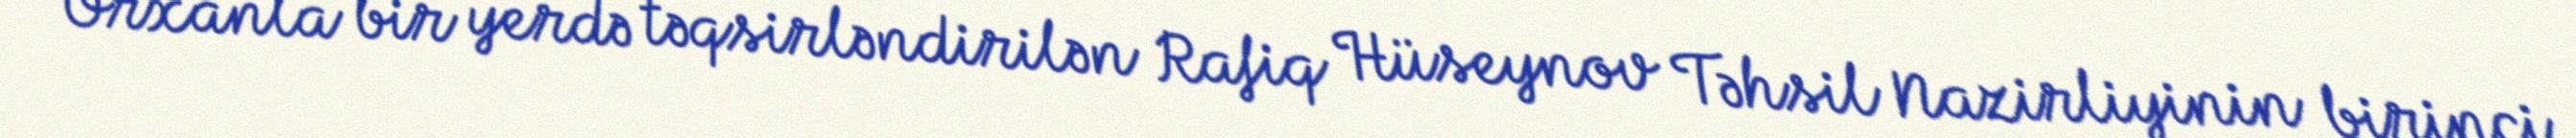
Orxanla bir yerdə təqsirləndirilən Rafiq Hüseynov Təhsil Nazirliyinin birinci